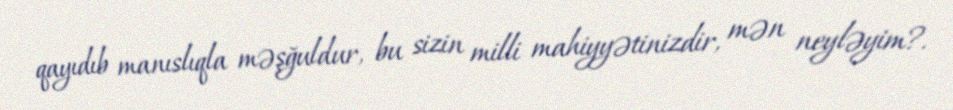
qayıdıb manıslıqla məşğuldur, bu sizin milli mahiyyətinizdir, mən neyləyim?.